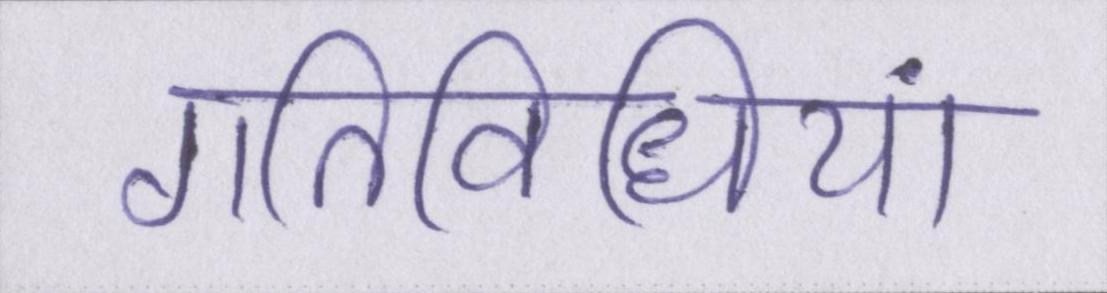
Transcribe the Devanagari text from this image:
गतिविधियां